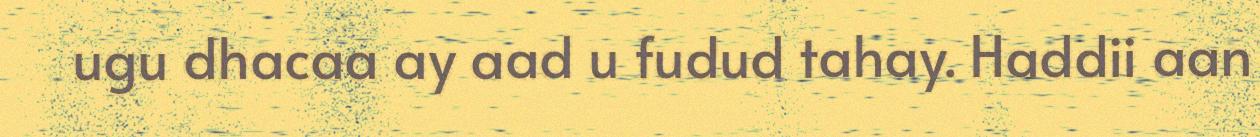
ugu dhacaa ay aad u fudud tahay. Haddii aan